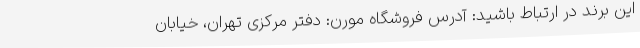
این برند در ارتباط باشید: آدرس فروشگاه مورن: دفتر مرکزی تهران، خیابان